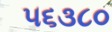
૫૬૩૮૦